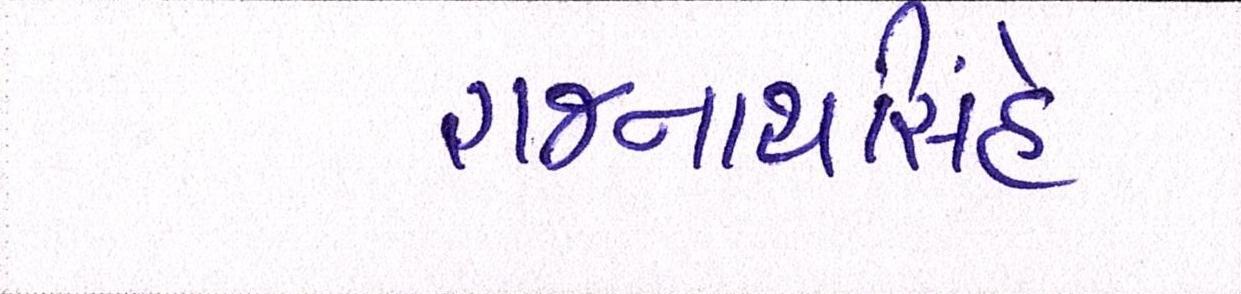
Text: રાજનાથસિંહે